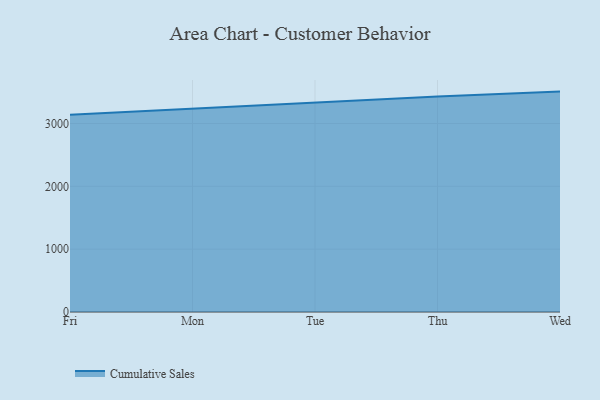
{"axis": {"x": "Day", "y": "Budget (USD K)"}, "legend": ["Cumulative Sales"], "data": [{"x": "Fri", "y": 3139.1, "type": "Cumulative Sales"}, {"x": "Mon", "y": 3233.5, "type": "Cumulative Sales"}, {"x": "Tue", "y": 3325.0, "type": "Cumulative Sales"}, {"x": "Thu", "y": 3429.0, "type": "Cumulative Sales"}, {"x": "Wed", "y": 3507.6, "type": "Cumulative Sales"}]}